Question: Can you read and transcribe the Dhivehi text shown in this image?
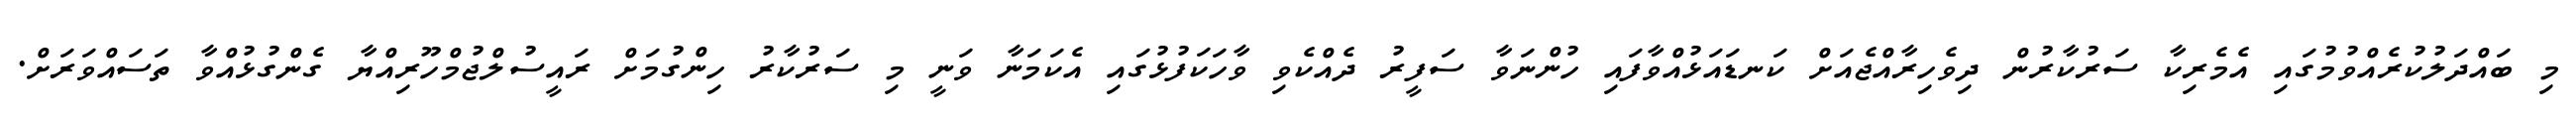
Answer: މި ބައްދަލުކުރެއްވުމުގައި އެމެރިކާ ސަރުކާރުން ދިވެހިރާއްޖެއަށް ކަނޑައަޅުއްވާފައި ހުންނަވާ ސަފީރު ދެއްކެވި ވާހަކަފުޅުގައި އެކަމަނާ ވަނީ މި ސަރުކާރު ހިންގުމަށް ރައީސުލްޖުމްހޫރިއްޔާ ގެންގުޅުއްވާ ތަސައްވަރަށް.